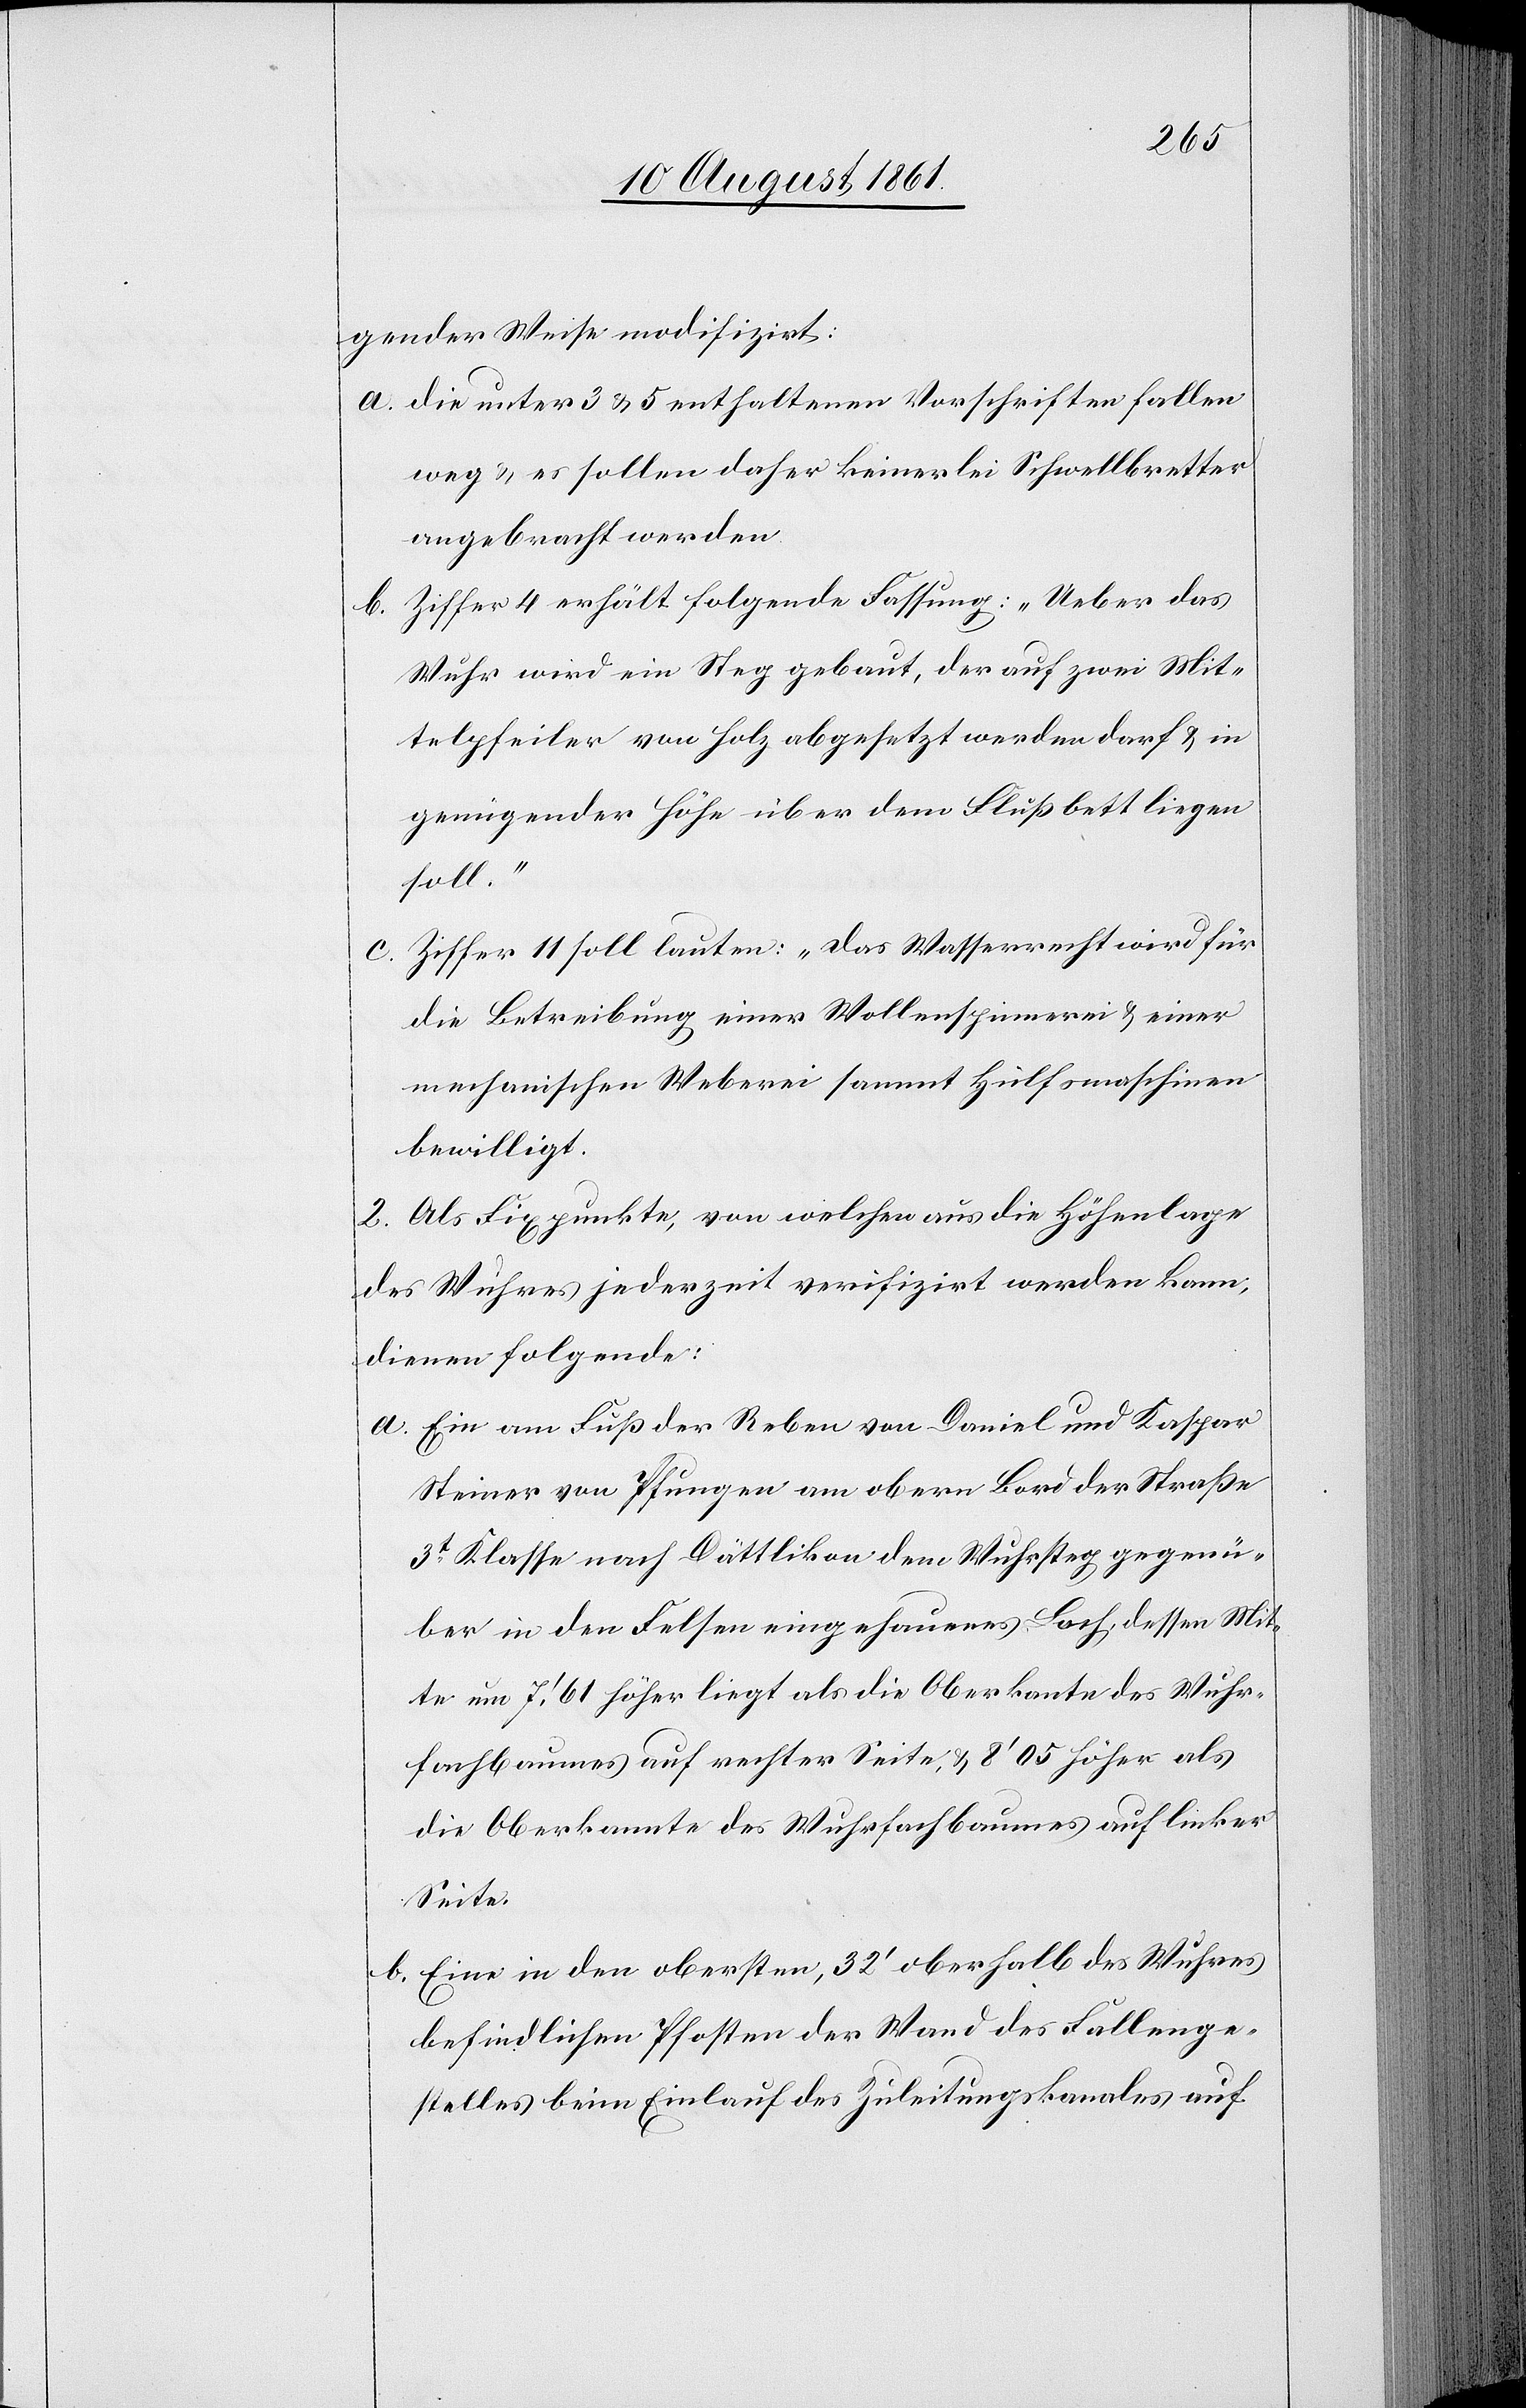
gender Weise modifizirt:
a. die unter 3 u. 5 enthaltenen Vorschriften fallen
weg u. es sollen daher keinerlei Schwellbretter
angebracht werden.
b. Ziffer 4 erhält folgende Fassung: „Ueber das
Wuhr wird ein Steg gebaut, der auf zwei Mit¬
telpfeiler von Holz abgesetzt werden darf u. in
genügender Höhe über dem Flußbett liegen
soll.“
c. Ziffer 11 soll lauten: „Das Wasserrecht wird für
die Betreibung einer Wollenspinnerei u. einer
mechanischen Weberei sammt Hülfsmaschinen
bewilligt.[“]
2. Als Fixpunkte, von welchen aus die Höhenlage
des Wuhres jederzeit verifizirt werden kann,
dienen folgende:
a. Ein am Fuß der Reben von Daniel und Kaspar
Steiner von Pfungen am obern Bord der Straße
3t Klasse nach Dättlikon den Wuhrsteg gegenü¬
ber in den Felsen eingehauenes Loch, dessen Mit¬
te um 7’61 höher liegt als die Oberkante des Wuhr¬
fachbaumes auf rechter Seite, u. 8’05 höher als
die Oberkante des Wuhrfachbaumes auf linker
Seite.
b. Eine in den obersten, 32’ oberhalb des Wuhres
befindlichen Pfosten der Wand des Fallenge¬
stelles beim Einlauf des Zuleitungskanales auf